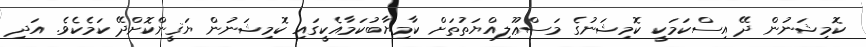
ކޮމިޝަނުން ދޭ އިސްކަމަކީ ކޮމިޝަނުގެ މަސްޢޫލިއްޔަތުތަށް ކާމިޔާބުކަމާއެކީގައި ކޮމިޝަނުން ޔަޤީންކޮށްދޭ ކަމެކެވެ. އަދި